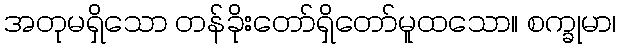
အတုမရှိသော တန်ခိုးတော်ရှိတော်မူထသော။ စက္ခုမာ၊